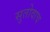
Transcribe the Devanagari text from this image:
सुतोवाच